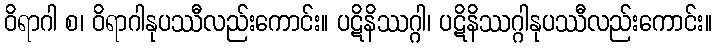
ဝိရာဂါ စ၊ ဝိရာဂါနုပဿီလည်းကောင်း။ ပဋိနိဿဂ္ဂါ၊ ပဋိနိဿဂ္ဂါနုပဿီလည်းကောင်း။